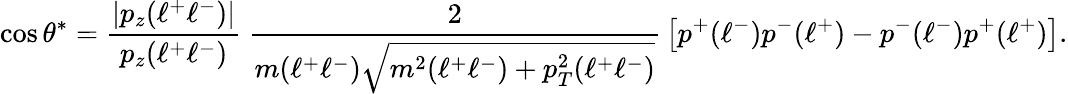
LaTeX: \cos\theta^{*}={\frac{|p_{z}(\ell^{+}\ell^{-})|}{p_{z}(\ell^{+}\ell^{-})}}~{\frac{2}{m(\ell^{+}\ell^{-})\sqrt{m^{2}(\ell^{+}\ell^{-})+p_{T}^{2}(\ell^{+}\ell^{-})}}}\left[p^{+}(\ell^{-})p^{-}(\ell^{+})-p^{-}(\ell^{-})p^{+}(\ell^{+})\right].